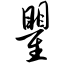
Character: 瞿